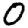
Digit: 0